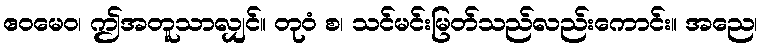
ဧဝမေဝ၊ ဤအတူသာလျှင်။ တုဝံ စ၊ သင်မင်းမြတ်သည်လည်းကောင်း။ အညေ၊